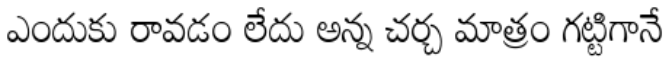
ఎందుకు రావడం లేదు అన్న చర్చ మాత్రం గట్టిగానే